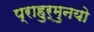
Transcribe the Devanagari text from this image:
प्राहुर्मुनयो